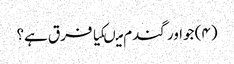
(۴) جواور گندم میںکیا فرق ہے؟